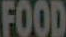
FOOD